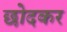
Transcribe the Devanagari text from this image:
छोदकर